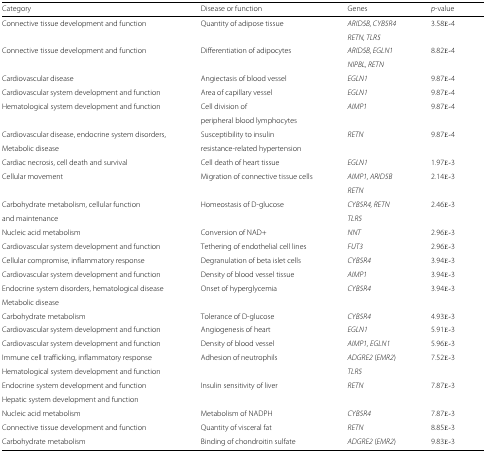
| Category | Disease or function | Genes | p-value |
 | --- | --- | --- | --- |
 | Connective tissue development and function | Quantity of adipose tissue | ARID5B, CYB5R4 | 3.58E-4 |
 |  |  | RETN, TLR5 |  |
 | Connective tissue development and function | Differentiation of adipocytes | ARID5B, EGLN1 | 8.82E-4 |
 |  |  | NIPBL, RETN |  |
 | Cardiovascular disease | Angiectasis of blood vessel | EGLN1 | 9.87E-4 |
 | Cardiovascular system development and function | Area of capillary vessel | EGLN1 | 9.87E-4 |
 | Hematological system development and function | Cell division of | AIMP1 | 9.87E-4 |
 |  | peripheral blood lymphocytes |  |  |
 | Cardiovascular disease, endocrine system disorders, | Susceptibility to insulin | RETN | 9.87E-4 |
 | Metabolic disease | resistance-related hypertension |  |  |
 | Cardiac necrosis, cell death and survival | Cell death of heart tissue | EGLN1 | 1.97E-3 |
 | Cellular movement | Migration of connective tissue cells | AIMP1, ARID5B | 2.14E-3 |
 |  |  | RETN |  |
 | Carbohydrate metabolism, cellular function | Homeostasis of D-glucose | CYB5R4, RETN | 2.46E- 3 |
 | and maintenance |  | TLR5 |  |
 | Nucleic acid metabolism | Conversion of NAD+ | NNT | 2.96E- 3 |
 | Cardiovascular system development and function | Tethering of endothelial cell lines | FUT3 | 2.96E-3 |
 | Cellular compromise, inflammatory response | Degranulation of beta islet cells | CYB5R4 | 3.94E-3 |
 | Cardiovascular system development and function | Density of blood vessel tissue | AIMP1 | 3.94E-3 |
 | Endocrine system disorders, hematological disease | Onset of hyperglycemia | CYB5R4 | 3.94E-3 |
 | Metabolic disease |  |  |  |
 | Carbohydrate metabolism | Tolerance of D-glucose | CYB5R4 | 4.93E- 3 |
 | Cardiovascular system development and function | Angiogenesis of heart | EGLN1 | 5.91E-3 |
 | Cardiovascular system development and function | Density of blood vessel | AIMP1, EGLN1 | 5.96E-3 |
 | Immune cell trafficking, inflammatory response | Adhesion of neutrophils | ADGRE2 (EMR2) | 7.52E-3 |
 | Hematological system development and function |  | TLR5 |  |
 | Endocrine system development and function | Insulin sensitivity of liver | RETN | 7.87E-3 |
 | Hepatic system development and function |  |  |  |
 | Nucleic acid metabolism | Metabolism of NADPH | CYB5R4 | 7.87E-3 |
 | Connective tissue development and function | Quantity of visceral fat | RETN | 8.85E- 3 |
 | Carbohydrate metabolism | Binding of chondroitin sulfate | ADGRE2 (EMR2) | 9.83E-3 |